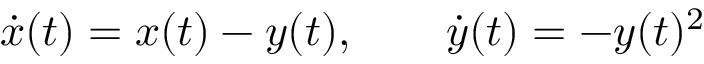
{ \dot { x } } ( t ) = x ( t ) - y ( t ) , \qquad { \dot { y } } ( t ) = - y ( t ) ^ { 2 }